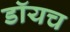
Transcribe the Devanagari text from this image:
डॉयच